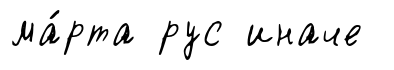
ма́рта рус иначе